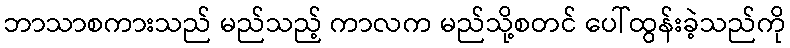
ဘာသာစကားသည် မည်သည့် ကာလက မည်သို့စတင် ပေါ်ထွန်းခဲ့သည်ကို